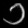
Digit: ၁